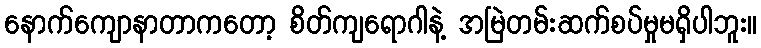
နောက်ကျောနာတာကတော့ စိတ်ကျရောဂါနဲ့ အမြဲတမ်းဆက်စပ်မှုမရှိပါဘူး။